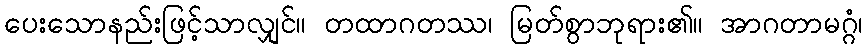
ပေးသောနည်းဖြင့်သာလျှင်။ တထာဂတဿ၊ မြတ်စွာဘုရား၏။ အာဂတာမဂ္ဂံ၊